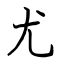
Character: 尤